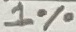
Text: 1%